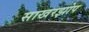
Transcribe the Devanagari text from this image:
साखरझोप